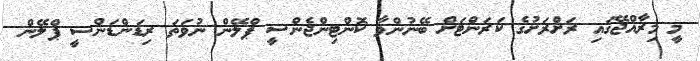
މީ މިރާއްޖޭގައި ރަށްރަށުގެ ކަރަންޓަށް ބޭނުންވާ ކޮންޓިންޖެންސީ ޕްލޭން ނުވަތަ ރިޑަންޑަންސީ ޕްލޭން